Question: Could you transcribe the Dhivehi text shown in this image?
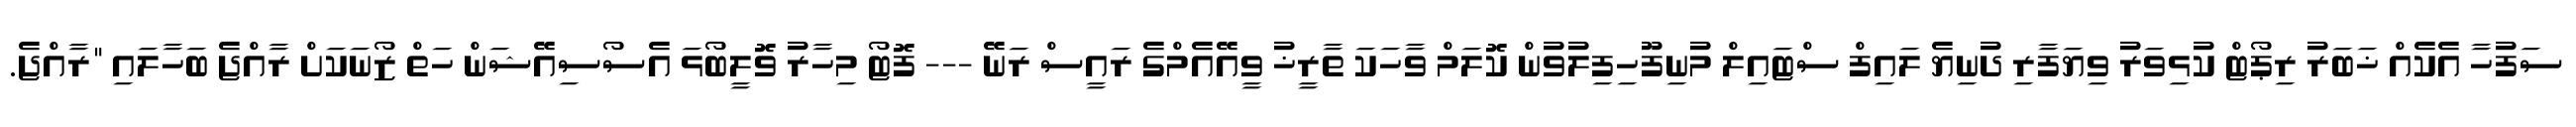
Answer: ސަފުހާ އެކެއް ޚަބަރު ރިޕޯޓް ކުޅިވަރު ވިޔަފާރި ދުނިޔެ ލައިފް ސްޓައިލް މުނިފޫހިފިލުވުން ކޮލަމް ވާހަކަ ތާރީޚު ވީއޭއެމްގެ ރައީސް ރަނޭ --- ފޮޓޯ މިހާރު ވޮލީބޯޅަ އެސޯސިއޭޝަން ހަތް ޒޯނަކަށް ރާއްޖެ ބަހާލައި "ރާއްޖެ.